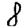
Digit: 8